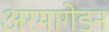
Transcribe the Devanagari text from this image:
अरमागेडन